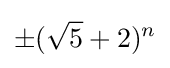
\pm ({\sqrt {5}}+2)^{n}